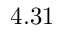
4 . 3 1